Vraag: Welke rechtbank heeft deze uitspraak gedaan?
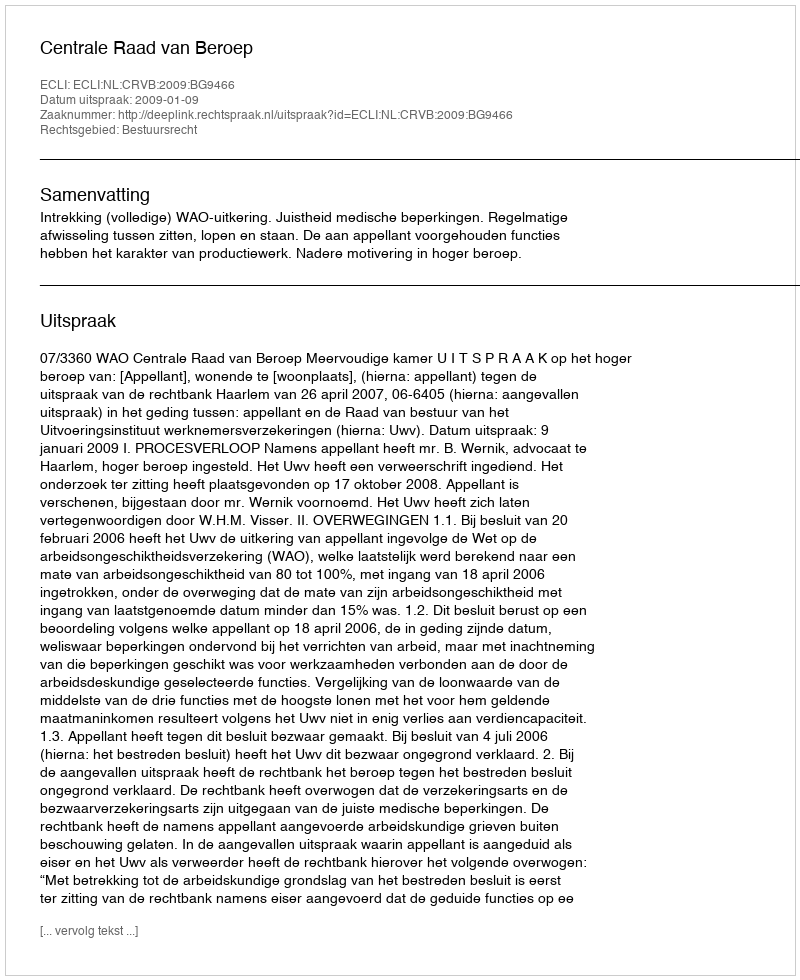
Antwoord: Centrale Raad van Beroep